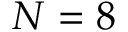
N = 8